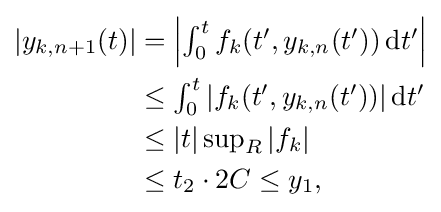
{\begin{aligned}|y_{k,n+1}(t)|&=\textstyle \left|\int _{0}^{t}f_{k}(t',y_{k,n}(t'))\,\mathrm {d} t'\right|\\&\leq \textstyle \int _{0}^{t}|f_{k}(t',y_{k,n}(t'))|\,\mathrm {d} t'\\&\leq \textstyle |t|\sup _{R}|f_{k}|\\&\leq t_{2}\cdot 2C\leq y_{1},\end{aligned}}